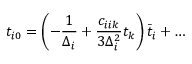
t _ { i 0 } = \left( - { \frac { 1 } { \Delta _ { i } } } + { \frac { c _ { i i k } } { 3 \Delta _ { i } ^ { 2 } } } t _ { k } \right) \bar { t } _ { i } + \dots